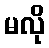
မလို